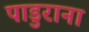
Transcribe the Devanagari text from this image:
पाडुराना